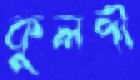
কুলপী